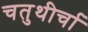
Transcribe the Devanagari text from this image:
चतुथीर्चा